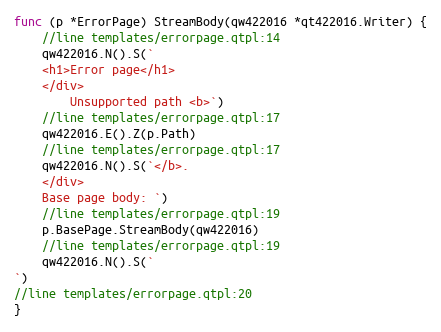
Language: Go
func (p *ErrorPage) StreamBody(qw422016 *qt422016.Writer) {
	//line templates/errorpage.qtpl:14
	qw422016.N().S(`
	<h1>Error page</h1>
	</div>
		Unsupported path <b>`)
	//line templates/errorpage.qtpl:17
	qw422016.E().Z(p.Path)
	//line templates/errorpage.qtpl:17
	qw422016.N().S(`</b>.
	</div>
	Base page body: `)
	//line templates/errorpage.qtpl:19
	p.BasePage.StreamBody(qw422016)
	//line templates/errorpage.qtpl:19
	qw422016.N().S(`
`)
//line templates/errorpage.qtpl:20
}